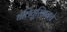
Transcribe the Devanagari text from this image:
चेलियुस्किनचे